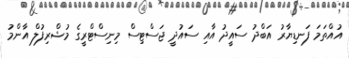
އުއްތަމަ ފަނޑިޔާރު އަބްދު ސައީދު އާއި ސައުދީ ޖަސްޓިސް މިނިސްޓްރީގެ މުޝްރިފުލް އާންމު